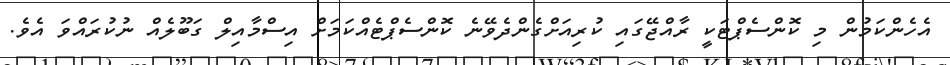
އެހެންކަމުން މި ކޮންސެޕްޓަކީ ރާއްޖޭގައި ކުރިއަށްގެންދެވޭނެ ކޮންސެޕްޓެއްކަމަށް އިސްމާއިލް ގަބޫލެއް ނުކުރައްވަ އެވެ.